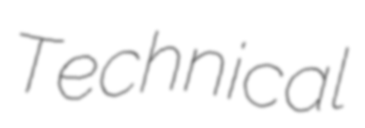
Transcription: Technical